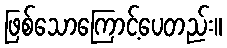
ဖြစ်သောကြောင့်ပေတည်း။